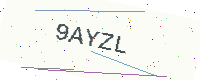
Text: 9AYZL